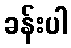
ခန်းပါ